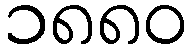
၁၈၈၀